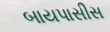
બાયપાસીસ